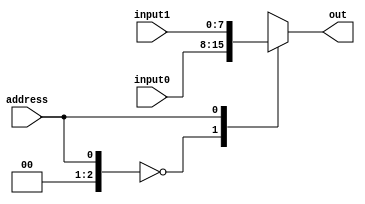
`timescale 1 ns / 1 ps //set timescale for the mux

module mux2way_8bit(//this module is a 2 way 8 bit mux
  output [7:0] out,//initialize the 8 bit output
  input address,
  input[7:0] input0, input1//each of the two inputs are 8 bits
  );

  wire [7:0] mux [7:0];

  assign mux[0] = input0; //assign input 0 to mux[0]
  assign mux[1] = input1;//assign input 1 to mux[1]
  assign out = mux[address];//return the input for the given address

endmodule